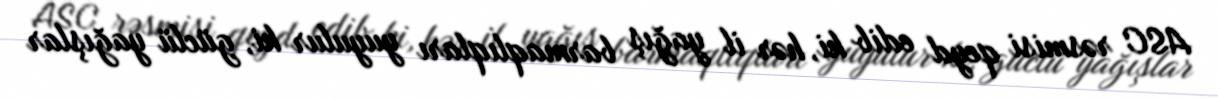
ASC rəsmisi qeyd edib ki, hər il yağış barmaqlıqları yuyulur ki, güclü yağışlar